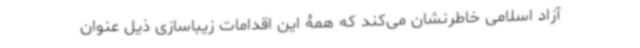
آزاد اسلامی خاطرنشان می‌کند که همۀ این اقدامات زیباسازی ذیل عنوان